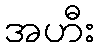
အဟီး